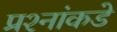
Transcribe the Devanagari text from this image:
प्रश्‍नांकडे